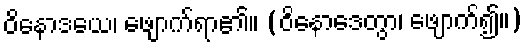
ဝိနောဒယေ၊ ဖျောက်ရာ၏။ (ဝိနောဒေတွာ၊ ဖျောက်၍။)